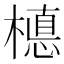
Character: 𣚅